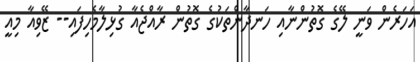
އަހަރެން ވަނީ ލޭގެ ގޮތުންނާއި ހަނދާންތަކުގެ ގޮތުން ރާއްޖެއާ ގުޅިލާމެހިފައި-- ޒޭވިއާ މިއީ